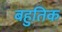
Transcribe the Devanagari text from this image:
बहुतिक